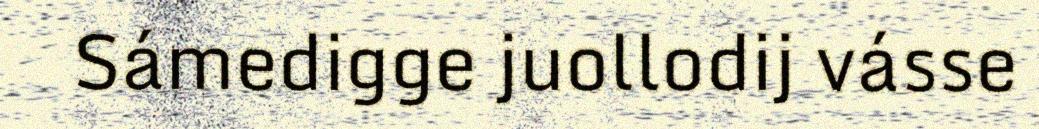
Sámedigge juollodij vásse